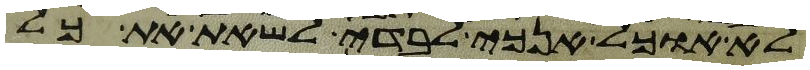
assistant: לא אוכל אנכי לבדי לשאת את כל